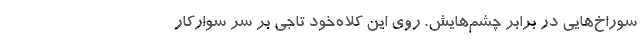
سوراخ‌هایی در برابر چشم‌هایش. روی این کلاه‌خود تاجی بر سر سوارکار